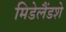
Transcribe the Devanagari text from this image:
मिडेलैंडशे